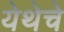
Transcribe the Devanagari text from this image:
येथेचे